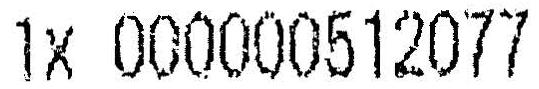
1X 000000512077